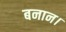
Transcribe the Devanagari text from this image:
बनान।